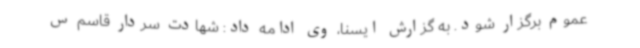
عموم برگزار شود. به گزارش ایسنا، وی ادامه داد: شهادت سردار قاسم س